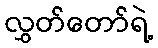
လွှတ်တော်ရဲ့